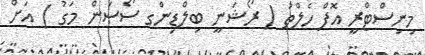
މިނިސްޓްރީ އޮފް ހެލްތު ( ރޯޝަނީ ބިލްޑިންގ ސޯސަން މަގު ) އަށް